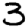
Digit: 3